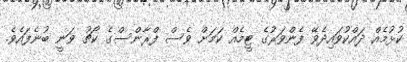
ކުޅުމެއް ދައްކުވައިދެވޭ ފެންވަރުގެ ޓީމެއް ކަމަށް ވެސް ފްރާންސްގެ ކޯޗު ވަނީ ބުނެފައެވެ.